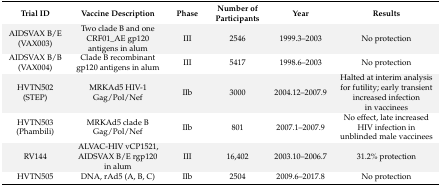
<table><thead><tr><td><b>Trial ID</b></td><td><b>Vaccine Description</b></td><td><b>Phase</b></td><td><b>Number of Participants</b></td><td><b>Year</b></td><td><b>Results</b></td></tr></thead><tbody><tr><td>AIDSVAX B/E (VAX003)</td><td>Two clade B and one CRF01_AE gp120 antigens in alum</td><td>III</td><td>2546</td><td>1999.3–2003</td><td>No protection</td></tr><tr><td>AIDSVAX B/B (VAX004)</td><td>Clade B recombinant gp120 antigens in alum</td><td>III</td><td>5417</td><td>1998.6–2003</td><td>No protection</td></tr><tr><td>HVTN502 (STEP)</td><td>MRKAd5 HIV-1 Gag/Pol/Nef</td><td>IIb</td><td>3000</td><td>2004.12–2007.9</td><td>Halted at interim analysis for futility; early transient increased infection in vaccinees</td></tr><tr><td>HVTN503 (Phambili)</td><td>MRKAd5 clade B Gag/Pol/Nef</td><td>IIb</td><td>801</td><td>2007.1–2007.9</td><td>No effect, late increased HIV infection in unblinded male vaccinees</td></tr><tr><td>RV144</td><td>ALVAC-HIV vCP1521, AIDSVAX B/E rgp120 in alum</td><td>III</td><td>16,402</td><td>2003.10–2006.7</td><td>31.2% protection</td></tr><tr><td>HVTN505</td><td>DNA, rAd5 (A, B, C)</td><td>IIb</td><td>2504</td><td>2009.6–2017.8</td><td>No protection</td></tr></tbody></table>